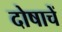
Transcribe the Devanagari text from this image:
दोषाचें